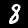
Label: 8